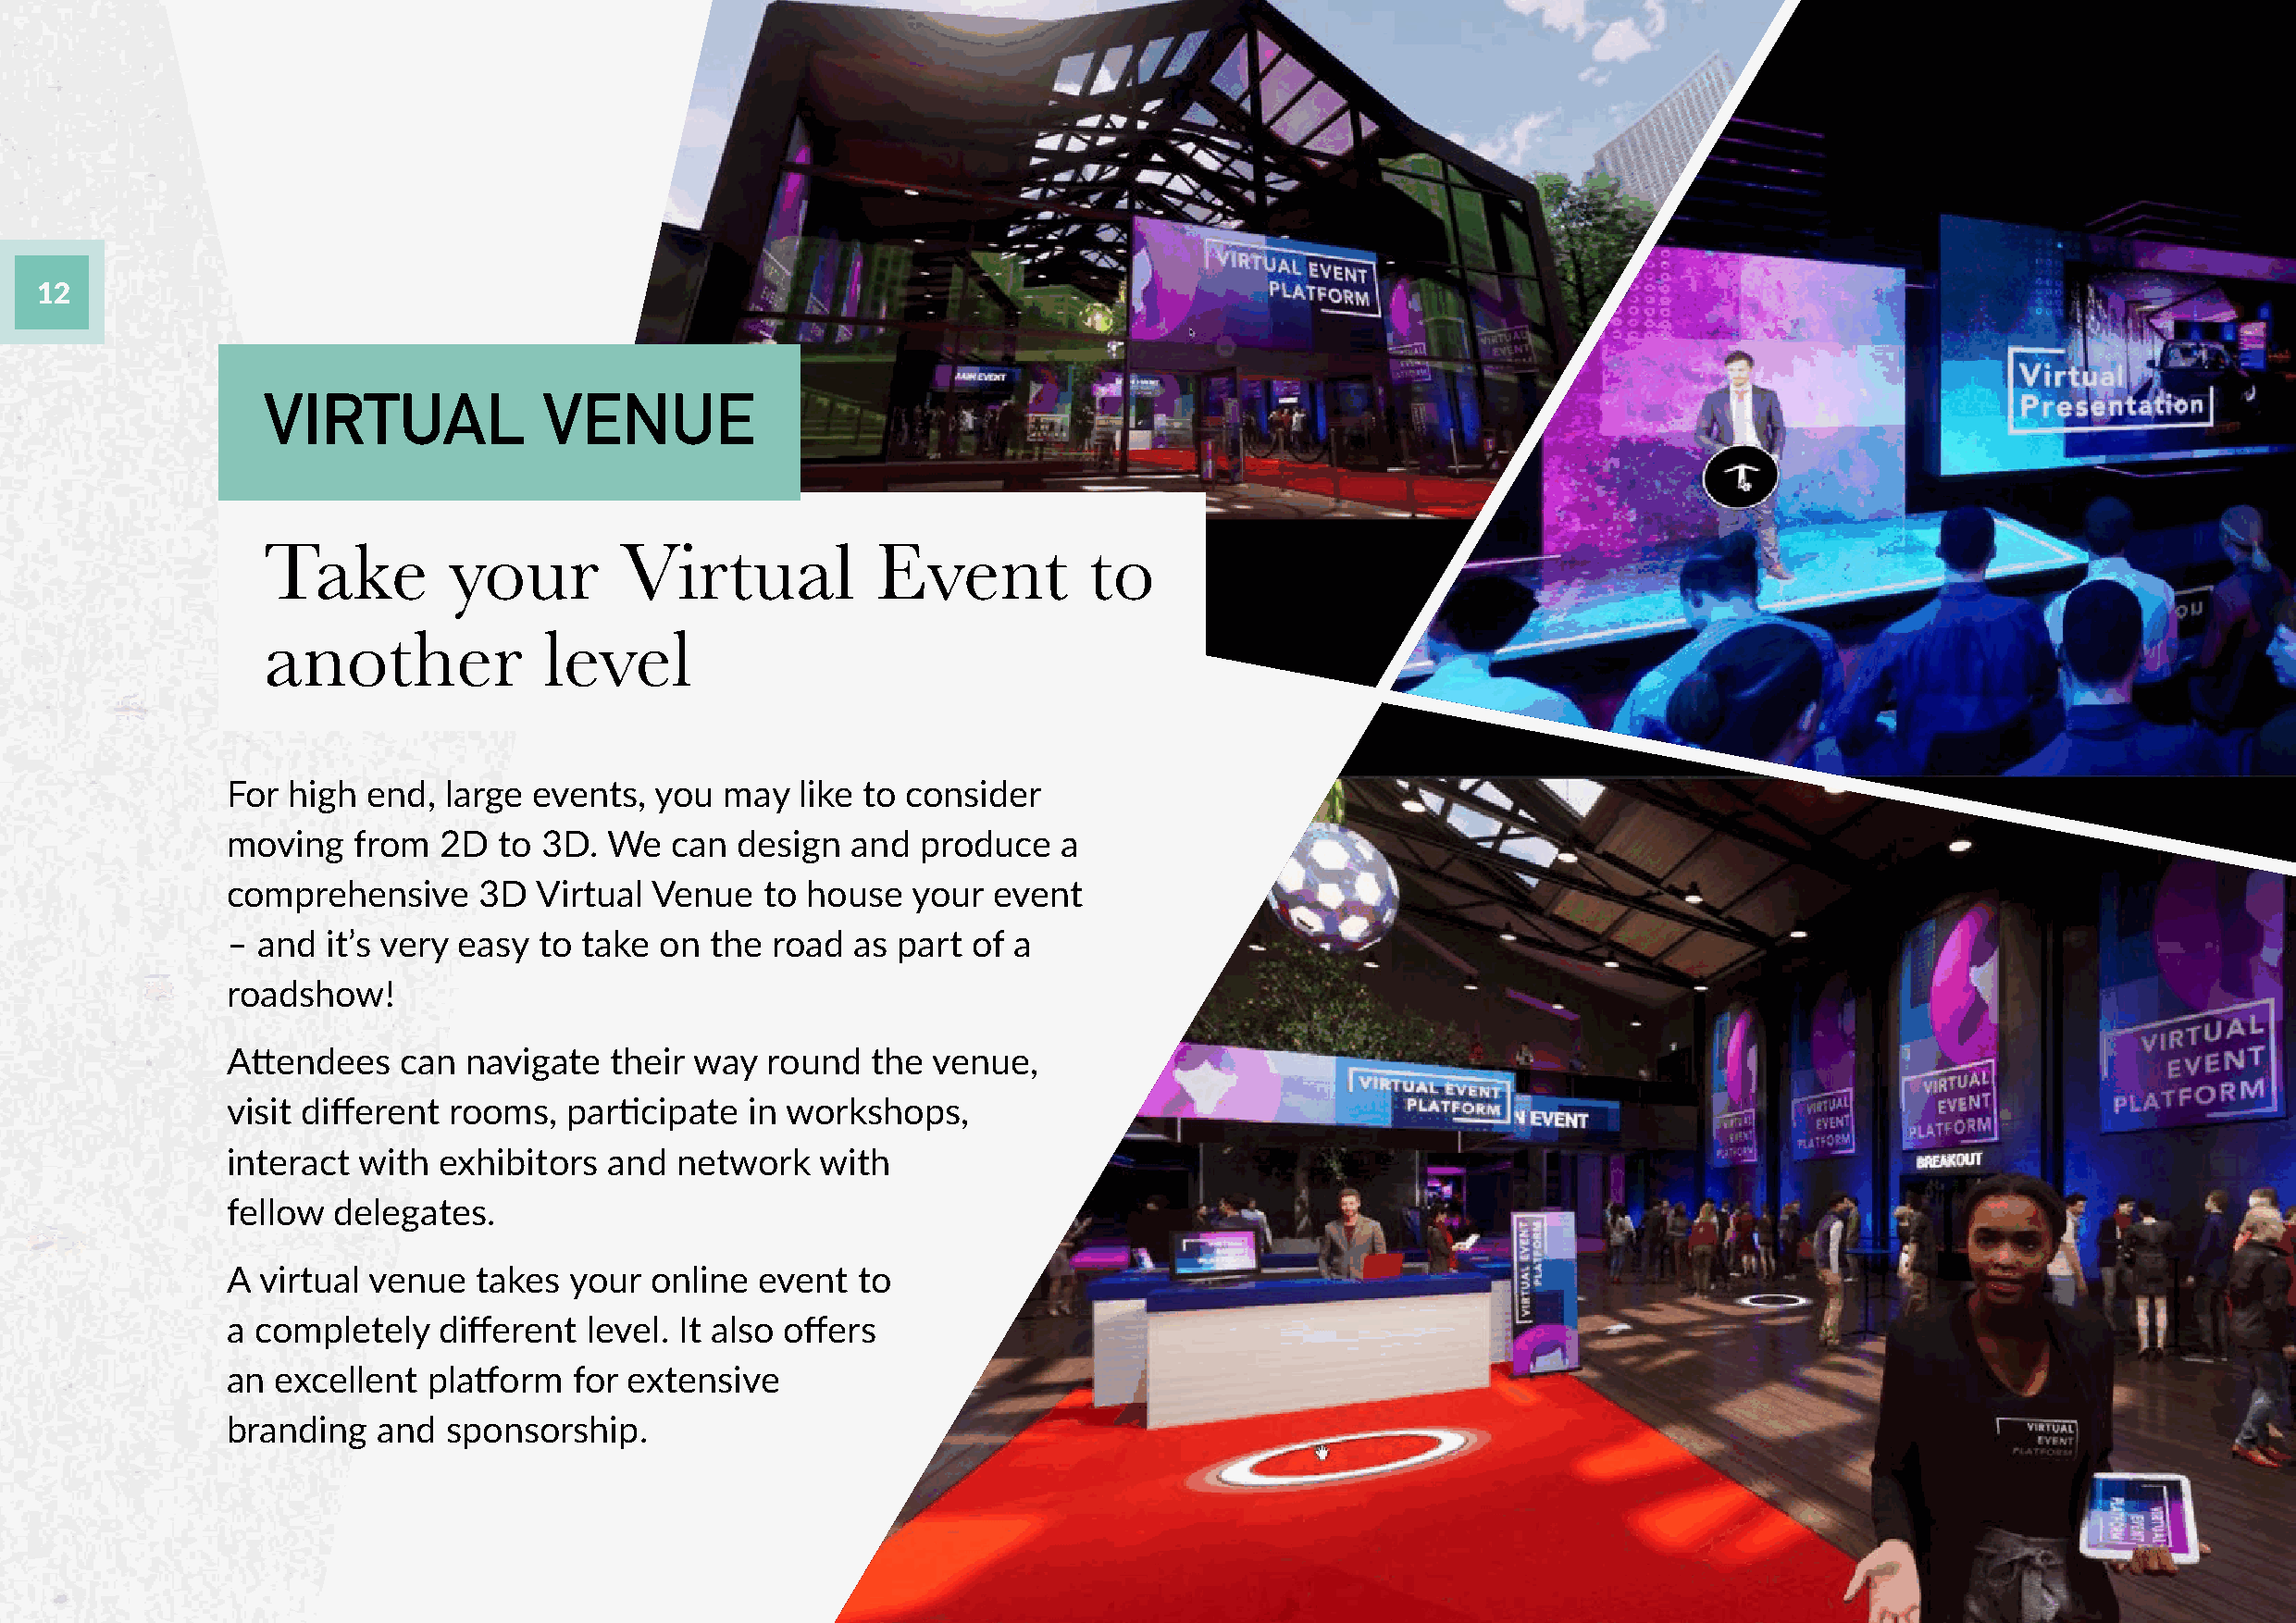
12
 VIRTUAL             VENUE
 Take         your        Virtual            Event          to
 another             level
 For  high end,  large events,  you  may  like to consider
 moving   from  2D   to 3D. We   can  design  and  produce   a
 comprehensive     3D  Virtual  Venue   to house  your  event
 – and  it’s very easy to  take on  the road  as part of a
 roadshow!
 Attendees    can navigate   their way  round  the  venue,
 visit different rooms,   participate in workshops,
 interact  with exhibitors  and  network    with
 fellow  delegates.
 A  virtual venue  takes  your  online event  to
 a completely   different  level. It also offers
 an  excellent  platform  for extensive
 branding   and  sponsorship.